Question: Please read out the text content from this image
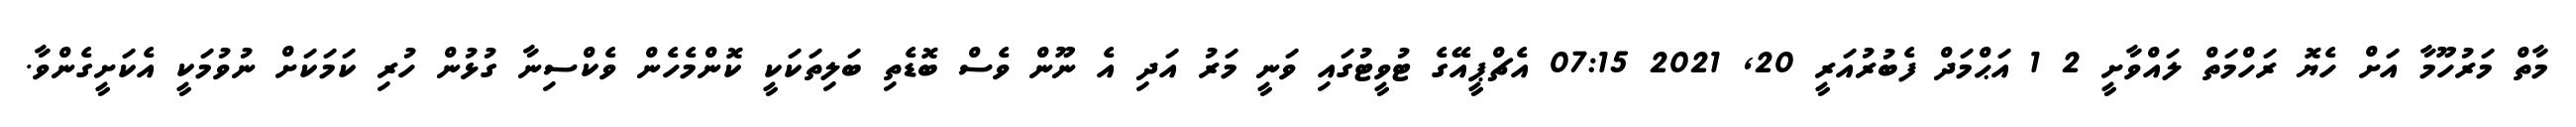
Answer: މާތް މަރުހޫމާ އަށް ހެޔޮ ރަހްމަތް ލައްވާށީ 2 1 އަޙްމަދް ފެބުރުއަރީ 20, 2021 07:15 އެޗްޕީއޭގެ ޓުވީޓުގައި ވަނީ މަރު އަދި އެ ނޫން ވެސް ބޮޑެތި ބަލިތަކަކީ ކޮންމެހެން ވެކްސިނާ ގުޅުން ހުރި ކަމަކަށް ނުވުމަކީ އެކަށީގެންވާ.